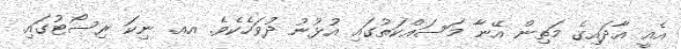
އެއީ އާދައިގެ މަތިން އޭނާ މަސައްކަތުގައި އުޅުނު ދުވަހެކެވެ. އއ. ނިކަ ރިސޯޓުގައި